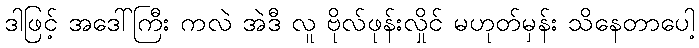
ဒါဖြင့် အဒေါ်ကြီး ကလဲ အဲဒီ လူ ဗိုလ်ဖုန်းလှိုင် မဟုတ်မှန်း သိနေတာပေါ့